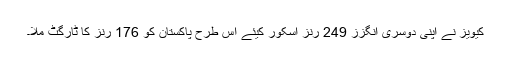
کیویز نے اپنی دوسری انگزز 249 رنز اسکور کیئے اس طرح پاکستان کو 176 رنز کا ٹارگٹ ملا۔